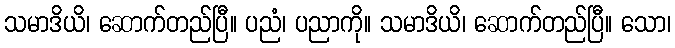
သမာဒိယိ၊ ဆောက်တည်ပြီ။ ပညံ၊ ပညာကို။ သမာဒိယိ၊ ဆောက်တည်ပြီ။ သော၊